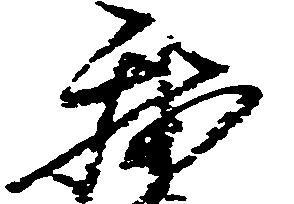
我